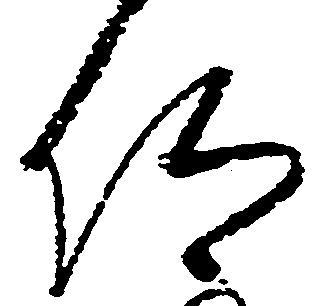
仰